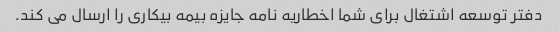
دفتر توسعه اشتغال برای شما اخطاریه نامه جایزه بیمه بیکاری را ارسال می کند.